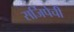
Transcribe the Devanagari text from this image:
सर्जिपेची